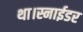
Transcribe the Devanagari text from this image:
था।स्नाईडर